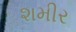
શમીર